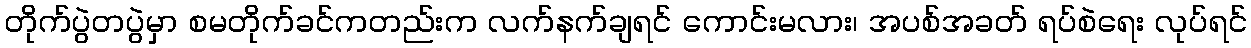
တိုက်ပွဲတပွဲမှာ စမတိုက်ခင်ကတည်းက လက်နက်ချရင် ကောင်းမလား၊ အပစ်အခတ် ရပ်စဲရေး လုပ်ရင်